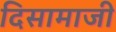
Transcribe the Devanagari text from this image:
दिसामाजी